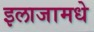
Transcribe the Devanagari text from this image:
इलाजामधे